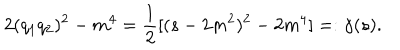
2 ( q _ { 1 } q _ { 2 } ) ^ { 2 } - m ^ { 4 } = \frac { 1 } { 2 } [ ( s - 2 m ^ { 2 } ) ^ { 2 } - 2 m ^ { 4 } ] = : \gamma ( s ) .